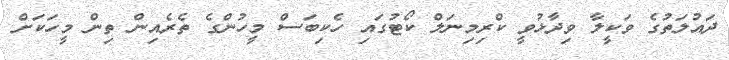
ދައުލަތުގެ ވަކީލާ ވިދާޅުވީ ކްރިމިނަލް ކޯޓުގައި ހެކިބަސް މީހުންގެ ތެރެއިން ތިން މީހަކަށް